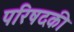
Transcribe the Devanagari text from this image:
परिषदकी